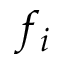
f _ { i }